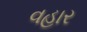
વહાર